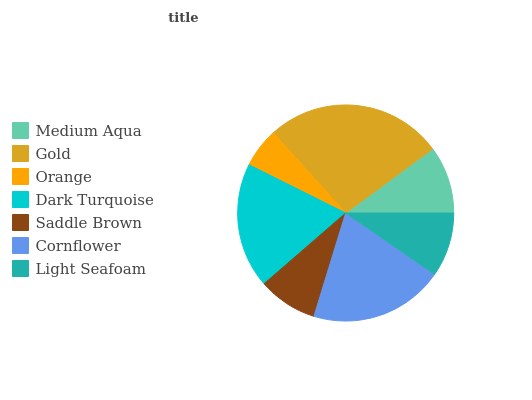
| Medium Aqua | Gold | Orange | Dark Turquoise | Saddle Brown | Cornflower | Light Seafoam |
 | --- | --- | --- | --- | --- | --- | --- |
 | 10.1% | 26.6% | 5.94% | 18.8% | 8.9% | 20.1% | 9.62% |